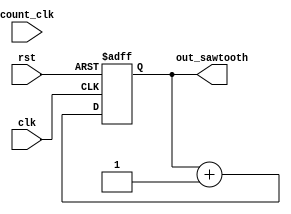
`timescale 1ns/1ns
module sawtooth(input clk,rst,input[7:0] count_clk,output reg[7:0] out_sawtooth);
  always@(posedge clk,posedge rst) begin:count_up
  if(rst)
    out_sawtooth<=8'b10000000;
  else
    out_sawtooth<=out_sawtooth + 1;
  end
endmodule